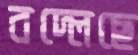
বদ্‌লেছে